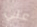
علي